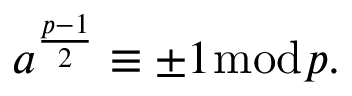
a ^ { \frac { p - 1 } { 2 } } \equiv \pm 1 { \bmod { p } } .